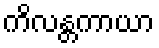
ကိလန္တကာယာ